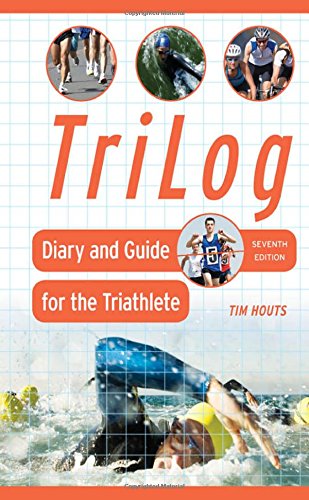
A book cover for TriLog; Tim Houts; Health, Fitness & Dieting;